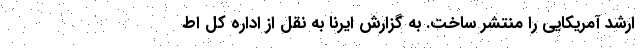
ارشد آمریکایی را منتشر ساخت. به گزارش ایرنا به نقل از اداره کل اط